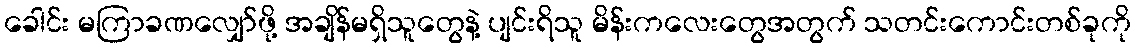
ခေါင်း မကြာခဏလျှော်ဖို့ အချိန်မရှိသူတွေနဲ့ ပျင်းရိသူ မိန်းကလေးတွေအတွက် သတင်းကောင်းတစ်ခုကို